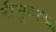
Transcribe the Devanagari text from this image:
रीमुवल